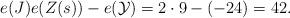
LaTeX: \begin{align*}e(J)e(Z(s))-e(\mathcal Y)=2\cdot 9-(-24)=42.\end{align*}